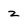
Character: z